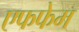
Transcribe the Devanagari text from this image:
एफफेम